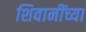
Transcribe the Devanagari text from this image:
शिवानींच्या